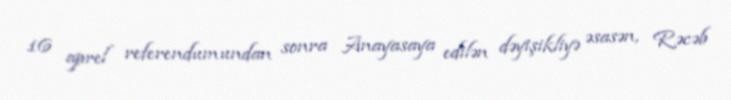
16 aprel referendumundan sonra Anayasaya edilən dəyişikliyə əsasən, Rəcəb